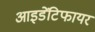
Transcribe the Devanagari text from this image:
आइडेंटिफायर